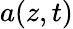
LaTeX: a(z,t)